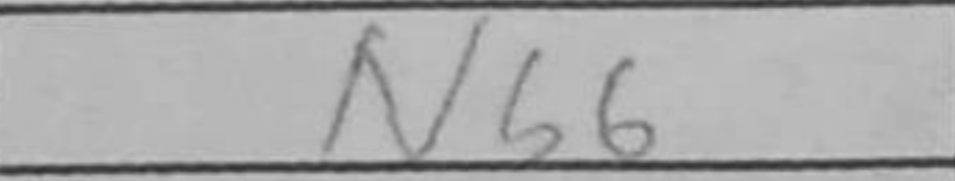
Transcription: Nb6